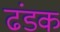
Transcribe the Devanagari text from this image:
ढंडक